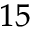
_ { 1 5 }